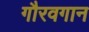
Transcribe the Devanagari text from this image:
गौरवगान